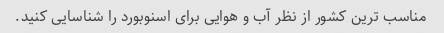
مناسب ترین کشور از نظر آب و هوایی برای اسنوبورد را شناسایی کنید.